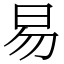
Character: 易